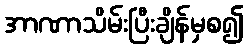
အာဏာသိမ်းပြီးချိန်မှစ၍